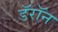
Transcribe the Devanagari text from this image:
डॅरॉन